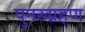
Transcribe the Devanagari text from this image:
पुनरुग्रहण